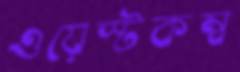
ওয়েস্টকম্ব